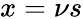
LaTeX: x=\nu s